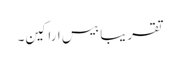
تقریبا بیس اراکین۔